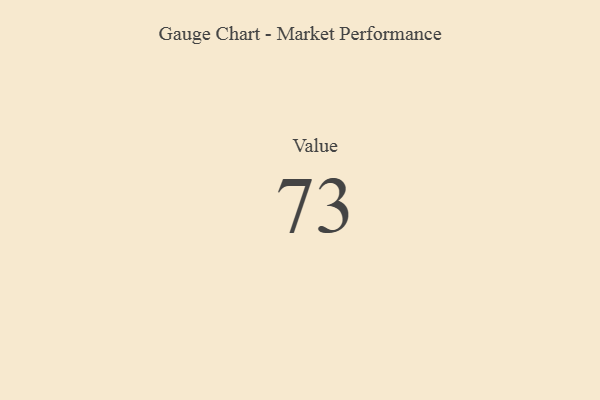
{"axis": {"x": "Metric", "y": "Value"}, "legend": [""], "data": [{"x": "Value", "y": 73, "type": ""}]}